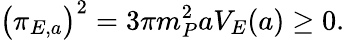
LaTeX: \bigl(\pi_{E,a}\bigr)^{2}=3\pi m_{P}^{2}aV_{E}(a)\geq 0.